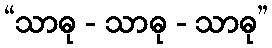
“သာဓု - သာဓု - သာဓု”